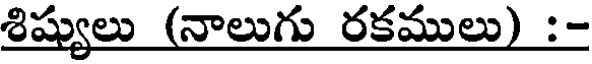
శిష్యులు (నాలుగు రకములు) :-